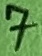
Text: 7